Lunatic asylums United Provinces 1899-1908 - 1899-1908
Year: 1899
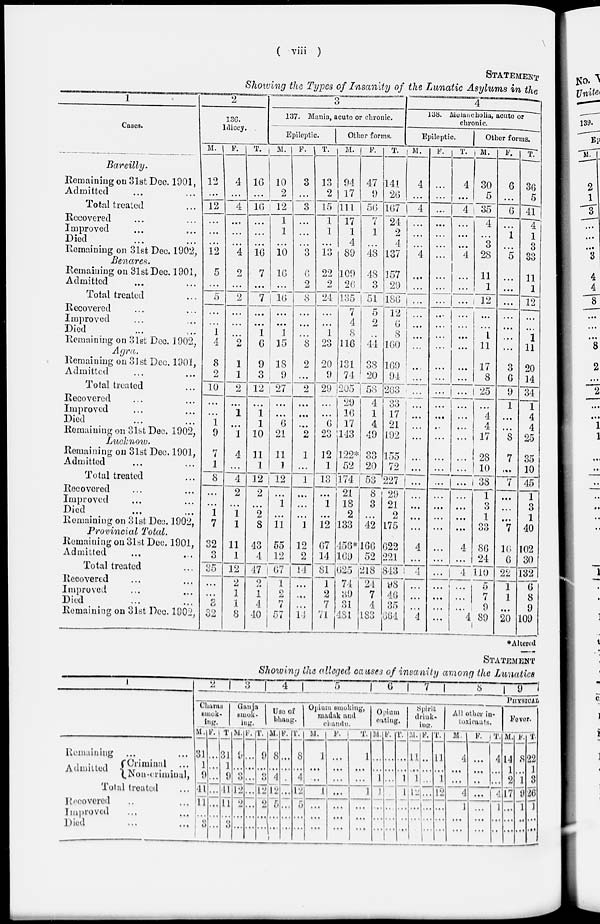
( viii )
STATEMENT
Showing the Types of Insanity of the Lunatic Asylums in the
1
Cases.
Bareilly.
Remaining on 31st Dec. 1901,
Admitted ... ...
Total treated ...
Recovered ... ...
Improved ... ...
Died ... ...
Remaining on 31st Dec. 1902,
Benares.
Remaining on 31st Dec. 1901,
Admitted ... ...
Total treated ...
Recovered ... ...
Improved ... ...
Died ... ...
Remaining on 31st Dec. 1902,
Agra.
Remaining on 31st Dec. 1901,
Admitted ... ...
Total treated ...
Recovered ... ...
Improved ... ...
Died ... ...
Remaining on 31st Dec. 1902,
Lucknow.
Remaining on 31st Dec. 1901,
Admitted ... ...
Total treated ...
Recovered ... ...
Improved ... ...
Died ... ...
Remaining on 31st Dec. 1902 ,
Provincial
Total.
Remaining on 31st Dec. 1901,
Admitted ... ...
Total treated ... ...
Recovered ... ...
Improved ... ...
Died ... ...
Remaining on 31st Dec, 1902,
2
136.
Idiocy.
M.
12
...
12
...
...
...
12
5
...
...
...
...
1
4
8
2
10
...
...
1
9
7
1
8
...
...
1
7
32
3
35
...
...
3
32
F.
4
...
4
...
...
...
4
2
...
2
...
...
...
2
1
1
2
...
1
...
1
4
...
4
2
...
1
1
11
1
12
2
1
1
8
T.
16
...
16
...
...
...
16
7
...
7
...
...
1
6
9
3
12
...
1
1
10
11
1
12
2
...
2
8
43
4
47
2
1
4
40
3
137. Mania , acute or chronic.
Epileptic.
M.
10
2
12
1
1
...
10
16
...
16
...
...
1
15
18
9
27
...
...
6
21
11
1
12
...
1
...
1
55
12
67
1
2
7
57
F.
3
...
3
...
...
...
3
6
2
8
...
...
...
8
2
...
2
...
...
...
2
1
...
1
...
...
...
1
12
2
14
...
...
...
14
T.
13
2
15
1
1
...
13
22
2
24
...
...
1
23
20
9
29
...
...
6
23
12
1
13
...
1
...
12
67
14
81
1
2
7
71
Other forms.
M.
94
17
111
17
1
4
89
109
26
135
7
4
8
116
131
74
205
29
10
17
143
122*
52
174
21
18
2
133
456*
169
625
74
39
31
481
F.
47
9
56
7
1
...
48
48
3
51
5
2
...
44
38
20
53
4
1
4
49
33
20
53
8
3
...
42
166
52
218
24
7
4
183
T.
141
26
167
24
2
4
137
157
29
186
12
...
8
160
169
94
263
33
17
21
192
155
72
227
29
21
2
175
622
221
843
98
46
35
664
4
138. Melancholia, acute or
chronic.
Epileptic.
M.
4
...
4
...
...
...
4
...
...
...
...
...
...
...
...
...
...
...
...
...
...
...
...
...
...
...
...
...
4
...
4
...
...
...
4
F.
...
...
...
...
...
...
...
...
...
...
...
...
...
...
...
...
...
...
...
...
...
...
...
...
...
...
...
...
...
...
...
...
...
...
...
T.
4
...
4
...
...
...
4
...
...
...
...
...
...
...
...
...
...
...
...
...
...
...
...
...
...
...
...
...
4
...
4
...
...
...
4
Other forms.
M.
30
5
35
4
...
3
28
11
1
12
...
...
1
11
17
8
25
...
4
4
17
28
10
38
1
3
1
33
86
24
110
5
7
9
89
F.
6
...
6
...
1
...
5
...
...
...
...
...
...
...
3
6
9
1
...
...
8
7
...
7
...
...
...
7
16
6
22
1
1
...
20
T.
36
5
41
4
1
3
33
11
1
12
...
...
1
11
20
14
34
1
4
4
25
35
10
45
1
3
1
40
102
30
132
6
8
9
109
*Altered
STATEMENT
Showing the alleged causes of insanity among the Lunatics
1
Remaining ... ....
Admitted
Criminal ...
Non-ci'imiual,
Total treated ...
Recovered ... ...
Improved ... ...
Died ... ...
2
3
4
5
6
7
8
9
PHYSICAL
Charas
smok-
king
M.
31
1
9
41
11
...
3
F.
...
...
...
...
...
...
...
T.
31
1
9
41
11
...
3
Ganja
smok-
ing.
M.
9
...
3
12
2
...
...
F.
...
...
...
...
...
...
...
T.
9
...
3
12
2
...
...
Use of
bhang.
M.
8
...
4
12
5
...
...
F.
...
...
...
...
...
...
...
T.
8
...
4
12
5
...
...
Opium smoking,
madak and
chandu.
M.
1
...
...
1
...
...
...
F.
...
...
...
...
...
...
...
T.
1
...
...
1
...
...
...
Opium
eating.
M.
...
...
1
1
...
...
...
F.
...
...
...
...
...
...
...
T.
...
...
1
1
...
...
...
Spirit
drink-
ing.
M.
11
...
1
12
...
...
...
F.
...
...
...
...
...
...
...
T.
11
...
1
12
...
...
...
All other in-
toxicants.
M.
4
...
...
4
1
...
...
F.
...
...
..
...
...
...
...
T.
4
...
...
4
1
...
...
Fever.
M.
14
1
2
17
...
...
...
F.
8
...
1
9
1
...
...
T.
22
1
3
26
1
...
...